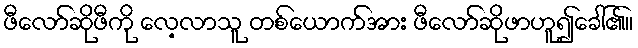
ဖီလော်ဆိုဖီကို လေ့လာသူ တစ်ယောက်အား ဖီလော်ဆိုဖာဟူ၍ခေါ်၏။